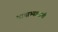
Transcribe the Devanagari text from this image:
भाषाभ्यासाची